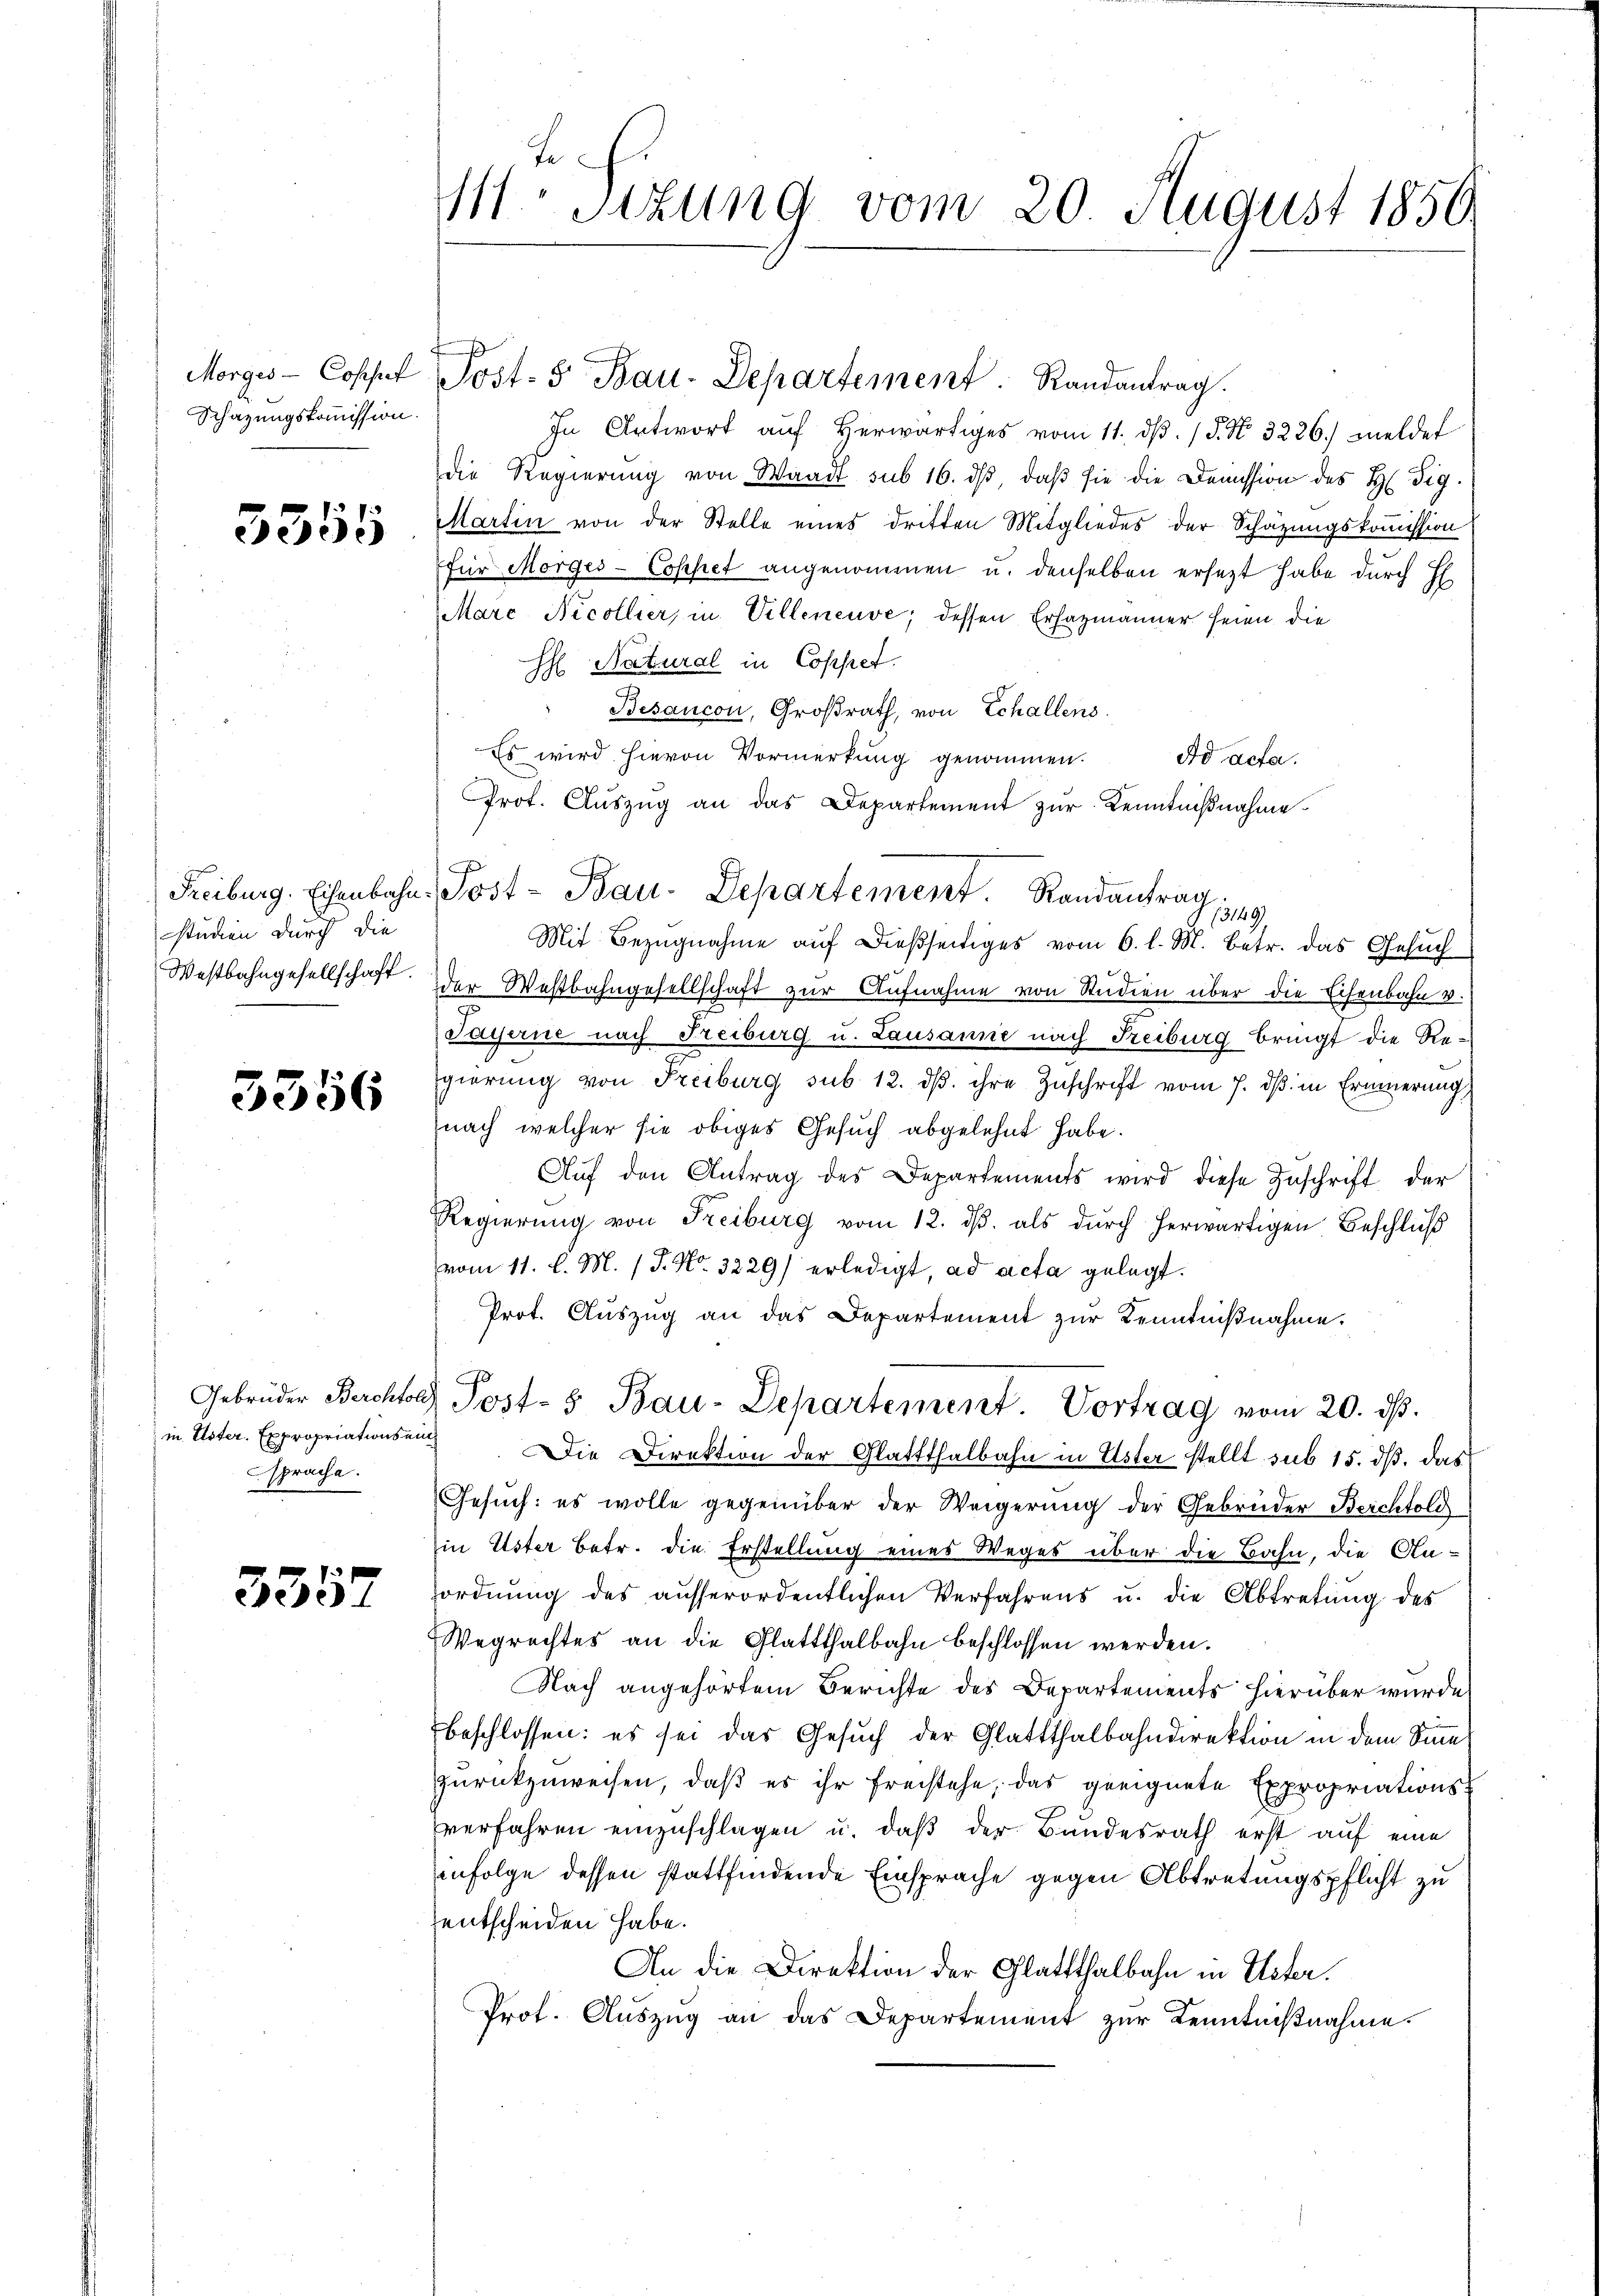
Morges - Coppel
Schazungskommission.

3355

studien durch die
Westbahngesellschaft.

3356

in Uster. Expropriations ein
sprache.

3357

1Stzung vom 20 August 1850

In Antwort aŭf herwärtiges vom 11. dβ. / 5. No. 3226.) meldet
die Regierŭng von Waadt sub 16. dβ daβ sie die Demission des H. Vig.
Martin von der Stelle eines dritten Mitgliedes der Schätzungskommission
für Morges-Coppet angenommen u. denselben ersezt habe durch H
Marc Nicollier, in Velleneuve, dessen Erfazmänner seien die
H Natural in Coppet.
Besancon, Großrath, von Echallens
Es wird hievon Vormerkung genommen.
Ad acta.
Prof. Auszug an das Departement zur Kenntnißnahme
13149/
Mit Bezugnahme auf dießseitiges vom 6. l. M. betr. das Gesuch
der Westbahngesellschaft zur Aufnahme von Studien über die Echenbahn v.
Sayerne nach Freiburg u. Lausanne nach Freiburg bringt die Regierung von Freiburg sub. 12. dβ ihre Zuschrift vom 7. dβ in Erinnerung
nach welcher sie obiges Gesuch abgelehnt habe.
Aŭf den Antrag des Departements wird diese Zuschrift der
Regierung von Freiburg vom 12. ds. als durch herwärtigen Beschluß
vom 11. l. M. (T. No. 3229) erledigt, ad acta gelegt.
Prot. Aŭszŭg an das Departement zŭr Kenntnißnahme.
Gebrüder Berchtor Post- & Bau-Departement. Vortrag vom 20. dβ.
Die Direktion der Glattthalbahn in Uster stellt sub 15. dß das
Gesuch: es wolle gegenüber der Weigerung der Gebrüder Berchtold
in Uster betr. die Erstellung eines Weges über die Bahn, die Anordnung des ausserordentlichen Verfahrens u. die Abtretung des
Wegrechtes an die Glattthalbahn beschlossen werden.
Nach angehörtem Berichte des Departements hierüber wurde
beschlossen: es sei das Gesuch der Glattthalbahndirektion in dem Sinne
zurückzuweisen, daß es ihr freistehe, das geeignete Expropriationsverfahren einzuschlagen u. daβ der Bundesrath erst auf eine
infolge dessen stattfindende Einsprache gegen Abtretungspflicht zu
entscheiden habe.
An die Direktion der Glattthalbahn in Uster.
Prot. Auszug an das Departement zur Kenntnißnahme.

Post- 5 Bau-Departement. Randantrag.

Freiburg. Eisenbahn-Post- Bau-Departement. Randantrag